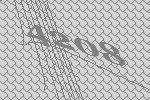
4208